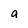
Character: a